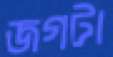
জগটা